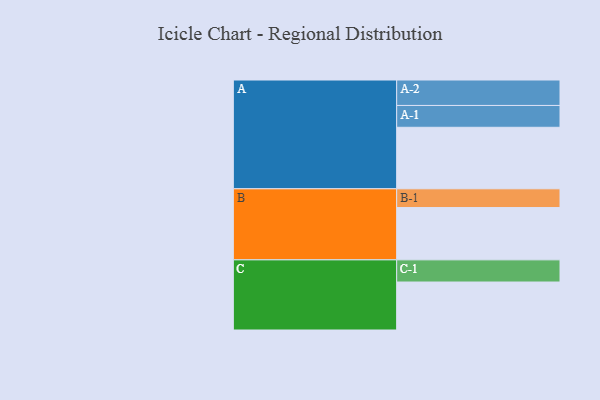
{"axis": {"x": "Segment", "y": "Value"}, "legend": ["", "A", "B", "C"], "data": [{"x": "A", "y": 541, "type": ""}, {"x": "B", "y": 460, "type": ""}, {"x": "C", "y": 422, "type": ""}, {"x": "A-1", "y": 192, "type": "A"}, {"x": "A-2", "y": 224, "type": "A"}, {"x": "B-1", "y": 165, "type": "B"}, {"x": "C-1", "y": 195, "type": "C"}]}